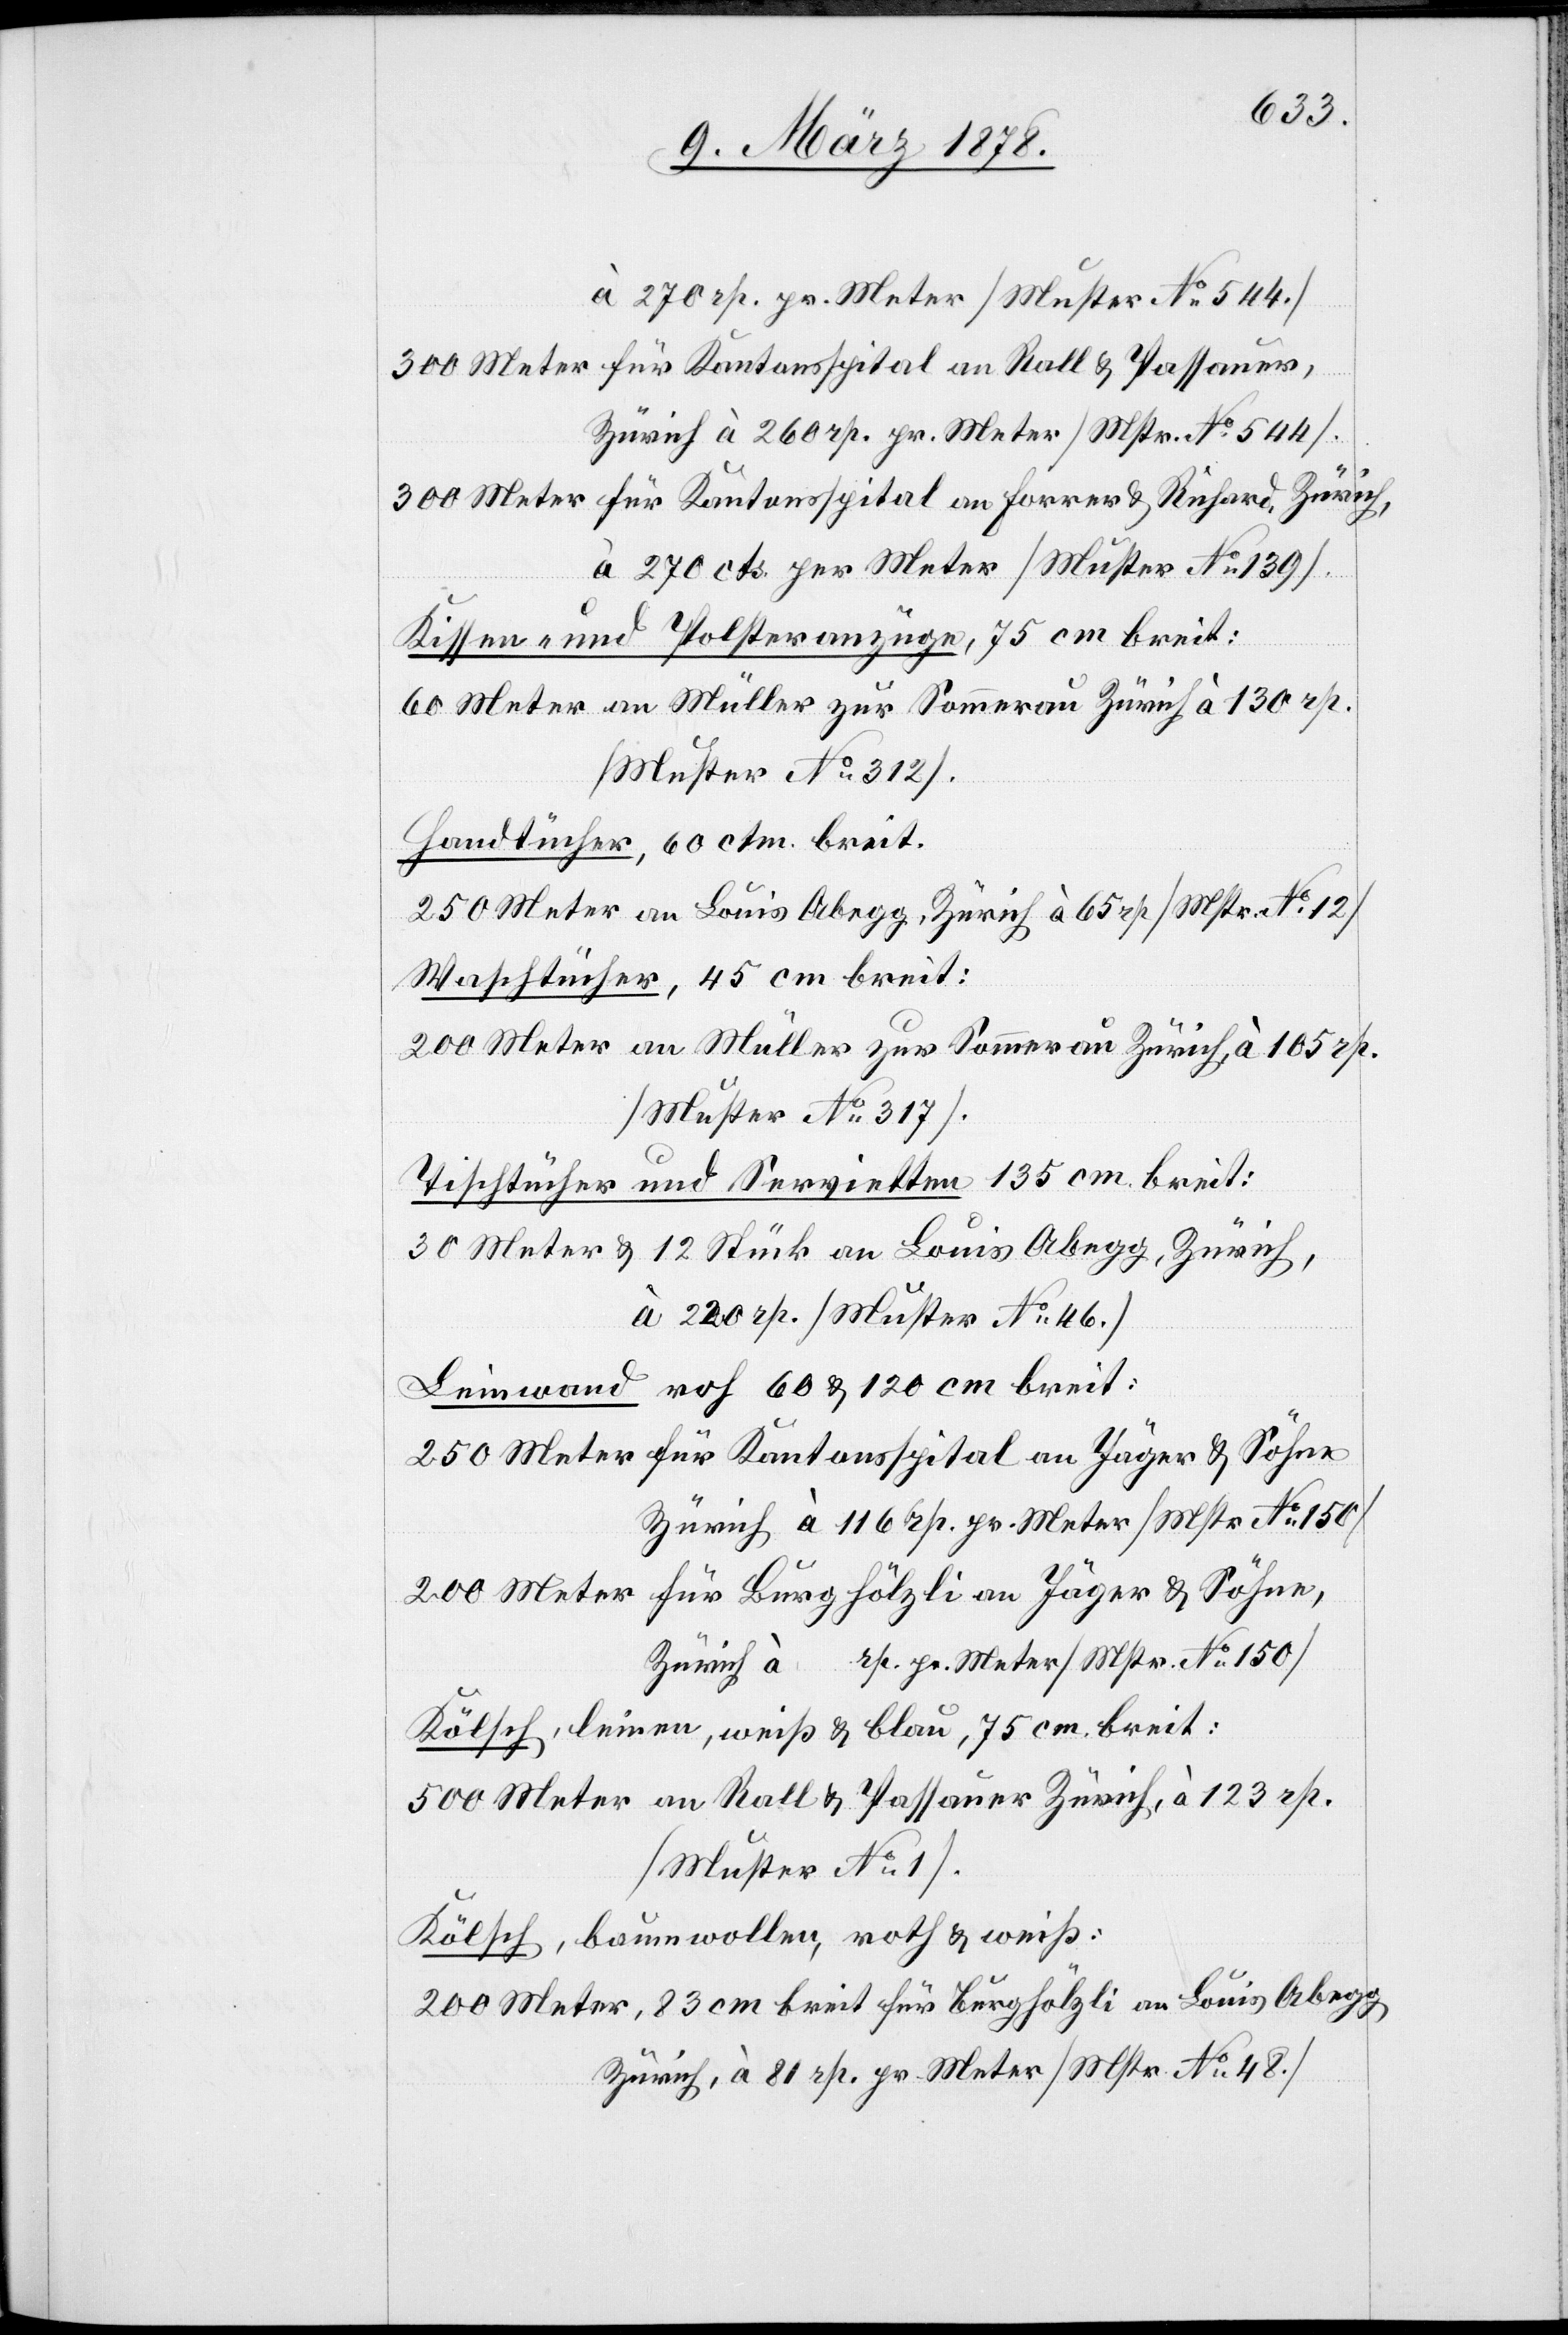
à 270 rp. pr. Meter (Muster No 544.)
300 Meter für Kantonsspital an Roll & Passauer,
Zürich à 260 rp. pr. Meter (Mstr. No 544).
300 Meter für Kantonsspital an Forrer & Richard, Zürich,
à 270 cts. per Meter (Muster No 139).
Kissen und Polsteranzüge, 75 cm breit:
60 Meter an Müller zur Sommerau Zürich à 130 rp.
(Muster No 312).
Handtücher, 60 ctm. breit.
250 Meter an Louis Abegg, Zürich à 65 rp (Muster No 12)
Waschtücher, 45 cm breit:
200 Meter an Müller zur Sommerau Zürich, à 105 rp.
(Muster No 317).
Tischtücher und Servietten 135 cm breit:
30 Meter & 12 Stück an Louis Abegg, Zürich,
à 220 rp. (Muster No 46.)
Leinwand roh 60 & 120 cm breit:
250 Meter für Kantonsspital an Jäger & Söhne
Zürich à 116 rp. pr. Meter (Mstr No 150)
Kölsch, leinen, weiß & blau, 75 cm breit:
500 Meter an Rall & Passauer Zürich, à 123 rp.
(Muster No 1).
Kölsch, baumwollen, roth & weiß:
200 Meter, 83 cm breit für Burghölzli an Louis Abegg
Zürich, à 81 rp. pr. Meter (Mster No 48.)